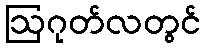
ဩဂုတ်လတွင်